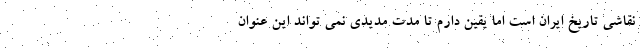
نقاشی تاریخ ایران است اما یقین دارم تا مدت مدیدی نمی تواند این عنوان